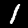
Label: 1